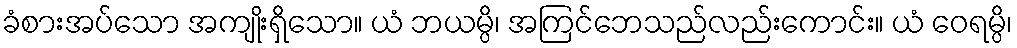
ခံစားအပ်သော အကျိုးရှိသော။ ယံ ဘယမ္ပိ၊ အကြင်ဘေသည်လည်းကောင်း။ ယံ ဝေရမ္ပိ၊